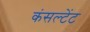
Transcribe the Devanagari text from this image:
कंसल्‍टेंट